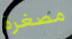
مصغرة